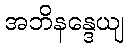
အဘိနန္ဒေယျ